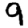
Digit: 9